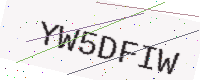
Text: YW5DFIW